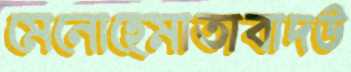
মেনোহেমাতাবাদউ